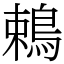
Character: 鵣